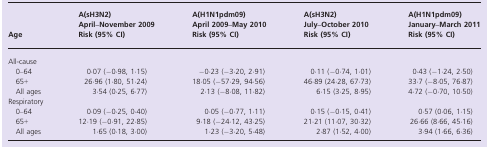
<table><thead><tr><td rowspan="2"><b>Age</b></td><td><b>A(sH3N2) April–November 2009</b></td><td><b>A(H1N1pdm09) April 2009–May 2010</b></td><td><b>A(sH3N2) July–October 2010</b></td><td><b>A(H1N1pdm09) January–March 2011</b></td></tr><tr><td><b>Risk (95% CI)</b></td><td><b>Risk (95% CI)</b></td><td><b>Risk (95% CI)</b></td><td><b>Risk (95% CI)</b></td></tr></thead><tbody><tr><td colspan="5">All-cause</td></tr><tr><td> 0–64</td><td>0·07 (−0·98, 1·15)</td><td>−0·23 (−3·20, 2·91)</td><td>0·11 (−0·74, 1·01)</td><td>0·43 (−1·24, 2·50)</td></tr><tr><td> 65+</td><td>26·96 (1·80, 51·24)</td><td>18·05 (−57·29, 94·56)</td><td>46·89 (24·28, 67·73)</td><td>33·7 (−8·05, 76·87)</td></tr><tr><td> All ages</td><td>3·54 (0·25, 6·77)</td><td>2·13 (−8·08, 11·82)</td><td>6·15 (3·25, 8·95)</td><td>4·72 (−0·70, 10·50)</td></tr><tr><td colspan="5">Respiratory</td></tr><tr><td> 0–64</td><td>0·09 (−0·25, 0·40)</td><td>0·05 (−0·77, 1·11)</td><td>0·15 (−0·15, 0·41)</td><td>0·57 (0·06, 1·15)</td></tr><tr><td> 65+</td><td>12·19 (−0·91, 22·85)</td><td>9·18 (−24·12, 43·25)</td><td>21·21 (11·07, 30·32)</td><td>26·66 (8·66, 45·16)</td></tr><tr><td> All ages</td><td>1·65 (0·18, 3·00)</td><td>1·23 (−3·20, 5·48)</td><td>2·87 (1·52, 4·00)</td><td>3·94 (1·66, 6·36)</td></tr></tbody></table>